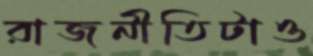
রাজনীতিটাও